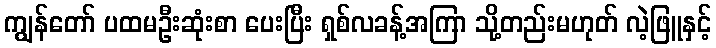
ကျွန်တော် ပထမဦးဆုံးစာ ပေးပြီး ရှစ်လခန့်အကြာ သို့တည်းမဟုတ် လဲ့ဖြူနှင့်